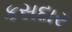
કસદાર